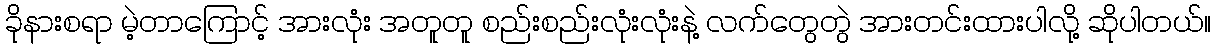
ခိုနားစရာ မဲ့တာကြောင့် အားလုံး အတူတူ စည်းစည်းလုံးလုံးနဲ့ လက်တွေတွဲ အားတင်းထားပါလို့ ဆိုပါတယ်။